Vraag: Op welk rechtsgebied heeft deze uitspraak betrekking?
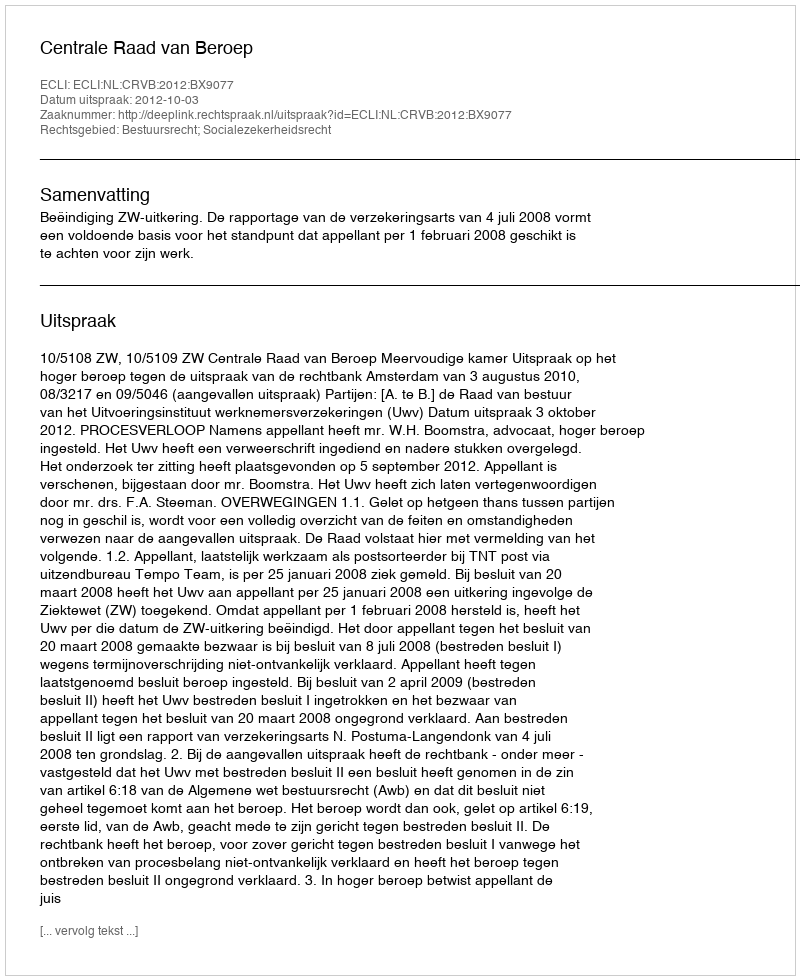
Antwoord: Bestuursrecht; Socialezekerheidsrecht